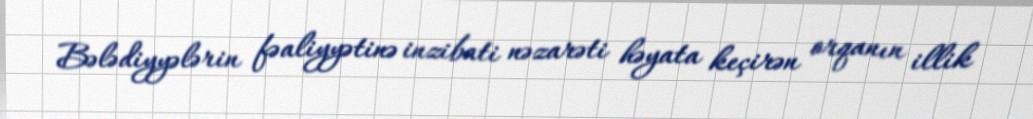
Bələdiyyələrin fəaliyyətinə inzibati nəzarəti həyata keçirən orqanın illik